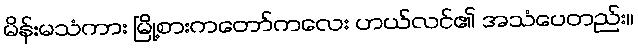
မိန်းမသံကား မြို့စားကတော်ကလေး ဟယ်လင်၏ အသံပေတည်း။